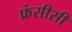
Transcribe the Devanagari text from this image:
फ्रंसीसी